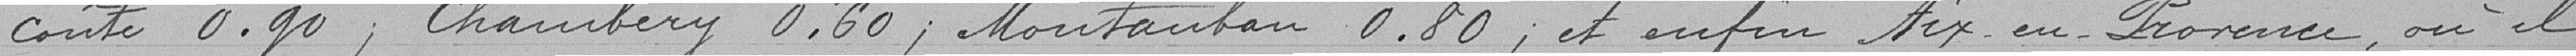
coute 0,90 franc, Chambéry 0,60 franc, Montauban 0,80 franc, et enfin Aix-en-Provence où il